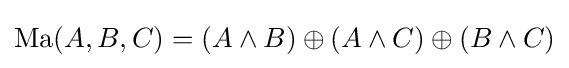
\operatorname {Ma} (A,B,C)=(A\land B)\oplus (A\land C)\oplus (B\land C)